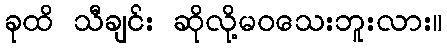
ခုထိ သီချင်း ဆိုလို့မဝသေးဘူးလား။